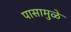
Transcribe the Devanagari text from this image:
पासामुळे